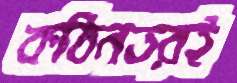
কঠিনতরই